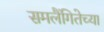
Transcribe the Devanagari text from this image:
समलैंगितेच्या